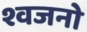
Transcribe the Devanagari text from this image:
श्वजनो